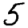
Digit: 5